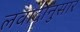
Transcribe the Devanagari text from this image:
लवादानुसार